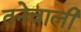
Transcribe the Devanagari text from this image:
तनेवाली